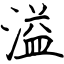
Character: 溢